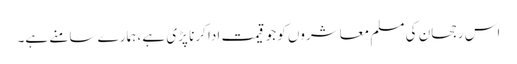
اس رجحان کی مسلم معاشروں کو جو قیمت ادا کرنا پڑی ہے ، ہمارے سامنے ہے۔